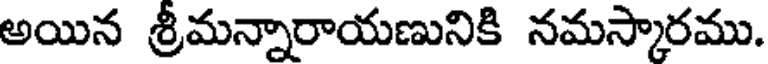
అయిన శ్రీమన్నారాయణునికి నమస్కారము.